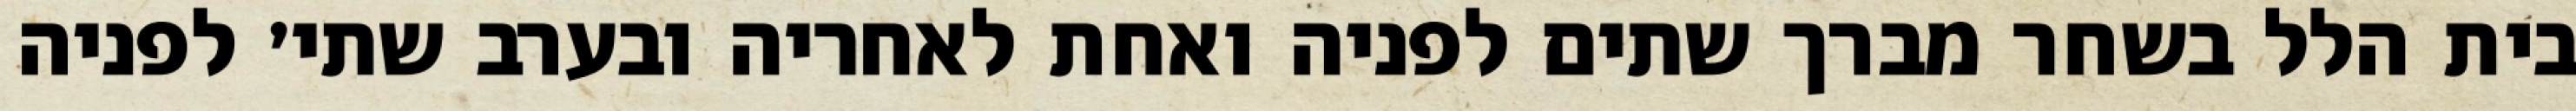
בית הלל בשחר מברך שתים לפניה ואחת לאחריה ובערב שתי׳ לפניה